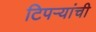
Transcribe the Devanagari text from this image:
टिपऱ्यांची